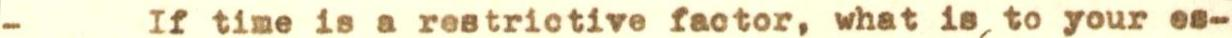
- If time is a restrictive factor, what is to your es-